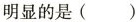
明显的是( )